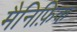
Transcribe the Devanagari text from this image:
मैनिफ़िक